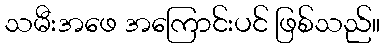
သမီးအဖေ အကြောင်းပင် ဖြစ်သည်။